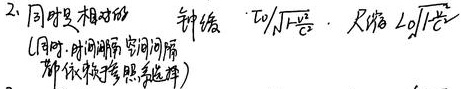
2. 同时是相对的（同时 - 时间间隔 - 空间间隔都依赖参考系选择）

时间膨胀公式为\(\frac{t_0}{\sqrt{1 - \frac{v^2}{c^2}}}\)，尺缩公式为\(L_0\sqrt{1 - \frac{v^2}{c^2}}\)。